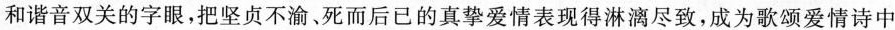
和谐音双关的字眼，把坚贞不渝、死而后已的真挚爱情表现得淋漓尽致，成为歌颂爱情诗中